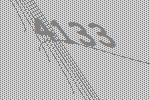
4133